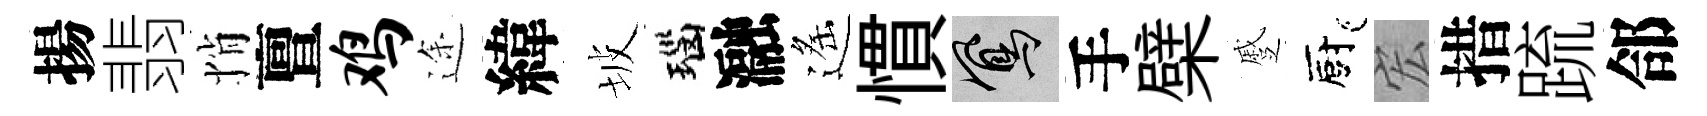
揚翡悄亶鸡途緯坡瑙瀜遙慣鳳手檗蹙廚宏措䟽郃